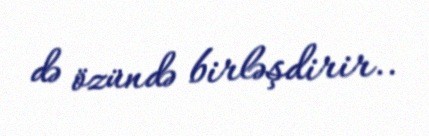
də özündə birləşdirir..